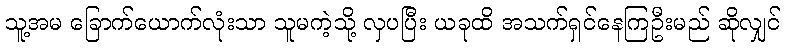
သူ့အမ ခြောက်ယောက်လုံးသာ သူမကဲ့သို့ လှပပြီး ယခုထိ အသက်ရှင်နေကြဦးမည် ဆိုလျှင်